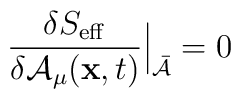
{\frac{\delta S_{\rm eff} }{\delta {\cal A}_\mu({{\bf x},t})}}\Bigr|_{\bar{\cal A}}=0